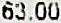
63.00